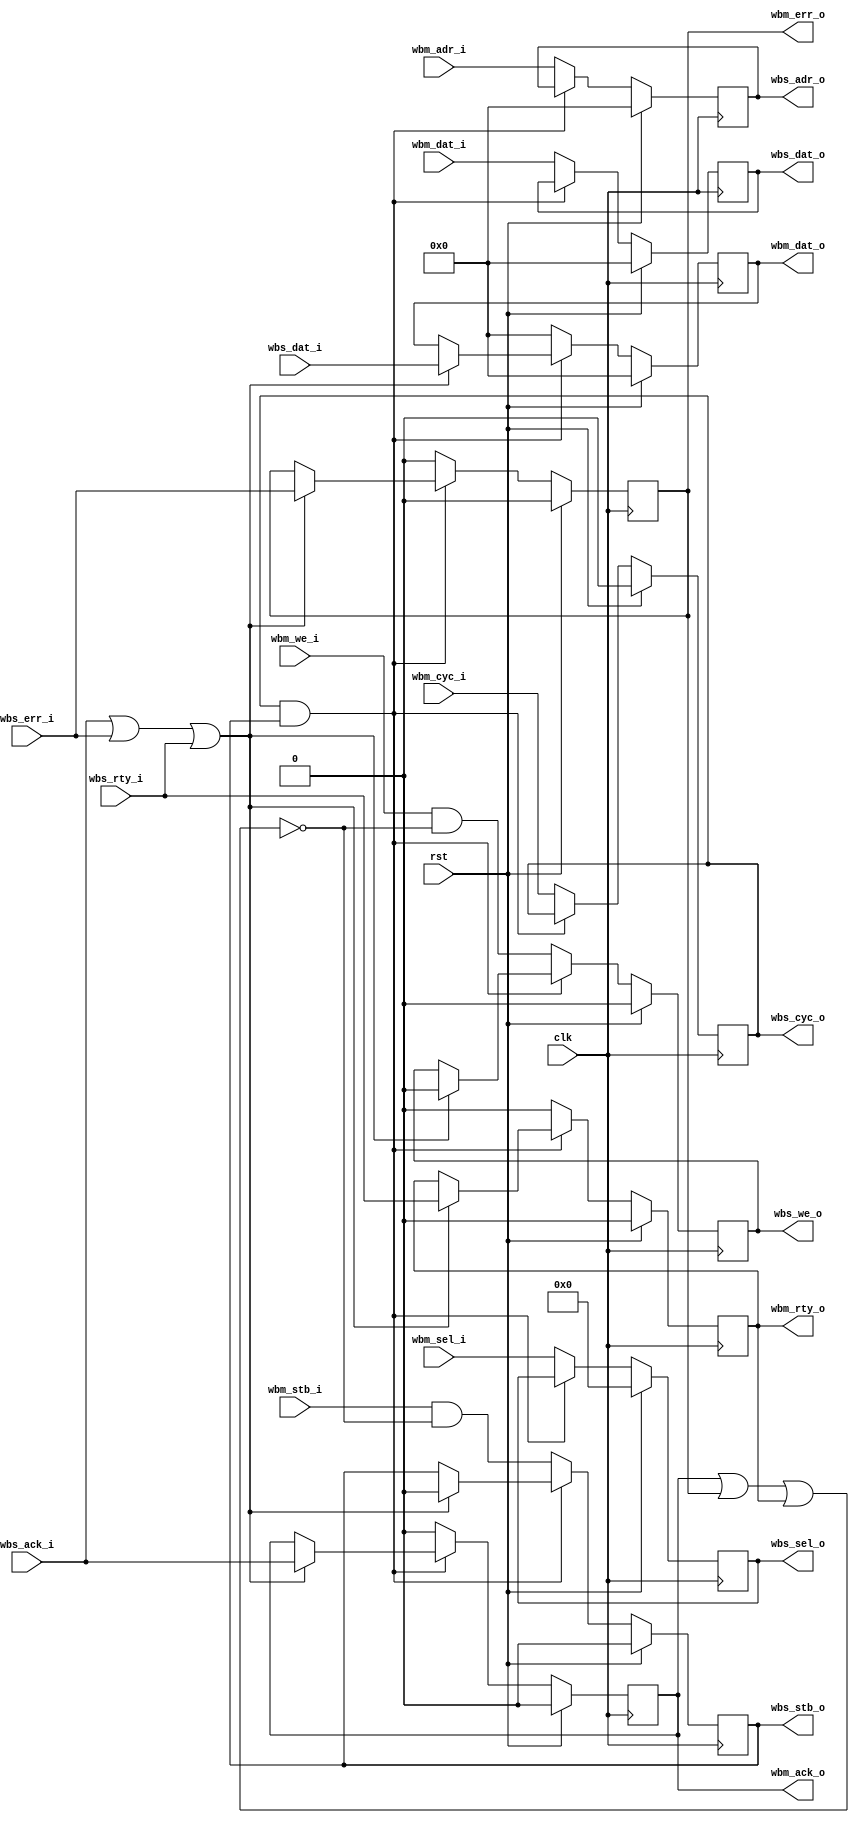
/*

Copyright (c) 2015-2016 Alex Forencich

Permission is hereby granted, free of charge, to any person obtaining a copy
of this software and associated documentation files (the "Software"), to deal
in the Software without restriction, including without limitation the rights
to use, copy, modify, merge, publish, distribute, sublicense, and/or sell
copies of the Software, and to permit persons to whom the Software is
furnished to do so, subject to the following conditions:

The above copyright notice and this permission notice shall be included in
all copies or substantial portions of the Software.

THE SOFTWARE IS PROVIDED "AS IS", WITHOUT WARRANTY OF ANY KIND, EXPRESS OR
IMPLIED, INCLUDING BUT NOT LIMITED TO THE WARRANTIES OF MERCHANTABILITY
FITNESS FOR A PARTICULAR PURPOSE AND NONINFRINGEMENT. IN NO EVENT SHALL THE
AUTHORS OR COPYRIGHT HOLDERS BE LIABLE FOR ANY CLAIM, DAMAGES OR OTHER
LIABILITY, WHETHER IN AN ACTION OF CONTRACT, TORT OR OTHERWISE, ARISING FROM,
OUT OF OR IN CONNECTION WITH THE SOFTWARE OR THE USE OR OTHER DEALINGS IN
THE SOFTWARE.

*/

// Language: Verilog 2001

`timescale 1ns / 1ps

/*
 * Wishbone register
 */
module wb_reg #
(
    parameter DATA_WIDTH = 32,                  // width of data bus in bits (8, 16, 32, or 64)
    parameter ADDR_WIDTH = 32,                  // width of address bus in bits
    parameter SELECT_WIDTH = (DATA_WIDTH/8)     // width of word select bus (1, 2, 4, or 8)
)
(
    input  wire                    clk,
    input  wire                    rst,

    // master side
    input  wire [ADDR_WIDTH-1:0]   wbm_adr_i,   // ADR_I() address
    input  wire [DATA_WIDTH-1:0]   wbm_dat_i,   // DAT_I() data in
    output wire [DATA_WIDTH-1:0]   wbm_dat_o,   // DAT_O() data out
    input  wire                    wbm_we_i,    // WE_I write enable input
    input  wire [SELECT_WIDTH-1:0] wbm_sel_i,   // SEL_I() select input
    input  wire                    wbm_stb_i,   // STB_I strobe input
    output wire                    wbm_ack_o,   // ACK_O acknowledge output
    output wire                    wbm_err_o,   // ERR_O error output
    output wire                    wbm_rty_o,   // RTY_O retry output
    input  wire                    wbm_cyc_i,   // CYC_I cycle input

    // slave side
    output wire [ADDR_WIDTH-1:0]   wbs_adr_o,   // ADR_O() address
    input  wire [DATA_WIDTH-1:0]   wbs_dat_i,   // DAT_I() data in
    output wire [DATA_WIDTH-1:0]   wbs_dat_o,   // DAT_O() data out
    output wire                    wbs_we_o,    // WE_O write enable output
    output wire [SELECT_WIDTH-1:0] wbs_sel_o,   // SEL_O() select output
    output wire                    wbs_stb_o,   // STB_O strobe output
    input  wire                    wbs_ack_i,   // ACK_I acknowledge input
    input  wire                    wbs_err_i,   // ERR_I error input
    input  wire                    wbs_rty_i,   // RTY_I retry input
    output wire                    wbs_cyc_o    // CYC_O cycle output
);

reg [DATA_WIDTH-1:0] wbm_dat_o_reg = 0;
reg wbm_ack_o_reg = 0;
reg wbm_err_o_reg = 0;
reg wbm_rty_o_reg = 0;

reg [ADDR_WIDTH-1:0] wbs_adr_o_reg = 0;
reg [DATA_WIDTH-1:0] wbs_dat_o_reg = 0;
reg wbs_we_o_reg = 0;
reg [SELECT_WIDTH-1:0] wbs_sel_o_reg = 0;
reg wbs_stb_o_reg = 0;
reg wbs_cyc_o_reg = 0;

assign wbm_dat_o = wbm_dat_o_reg;
assign wbm_ack_o = wbm_ack_o_reg;
assign wbm_err_o = wbm_err_o_reg;
assign wbm_rty_o = wbm_rty_o_reg;

assign wbs_adr_o = wbs_adr_o_reg;
assign wbs_dat_o = wbs_dat_o_reg;
assign wbs_we_o = wbs_we_o_reg;
assign wbs_sel_o = wbs_sel_o_reg;
assign wbs_stb_o = wbs_stb_o_reg;
assign wbs_cyc_o = wbs_cyc_o_reg;

always @(posedge clk) begin
    if (rst) begin
        wbm_dat_o_reg <= 0;
        wbm_ack_o_reg <= 0;
        wbm_err_o_reg <= 0;
        wbm_rty_o_reg <= 0;
        wbs_adr_o_reg <= 0;
        wbs_dat_o_reg <= 0;
        wbs_we_o_reg <= 0;
        wbs_sel_o_reg <= 0;
        wbs_stb_o_reg <= 0;
        wbs_cyc_o_reg <= 0;
    end else begin
        if (wbs_cyc_o_reg & wbs_stb_o_reg) begin
            // cycle - hold values
            if (wbs_ack_i | wbs_err_i | wbs_rty_i) begin
                // end of cycle - pass through slave to master
                wbm_dat_o_reg <= wbs_dat_i;
                wbm_ack_o_reg <= wbs_ack_i;
                wbm_err_o_reg <= wbs_err_i;
                wbm_rty_o_reg <= wbs_rty_i;
                wbs_we_o_reg <= 0;
                wbs_stb_o_reg <= 0;
            end
        end else begin
            // idle - pass through master to slave
            wbm_dat_o_reg <= 0;
            wbm_ack_o_reg <= 0;
            wbm_err_o_reg <= 0;
            wbm_rty_o_reg <= 0;
            wbs_adr_o_reg <= wbm_adr_i;
            wbs_dat_o_reg <= wbm_dat_i;
            wbs_we_o_reg <= wbm_we_i & ~(wbm_ack_o | wbm_err_o | wbm_rty_o);
            wbs_sel_o_reg <= wbm_sel_i;
            wbs_stb_o_reg <= wbm_stb_i & ~(wbm_ack_o | wbm_err_o | wbm_rty_o);
            wbs_cyc_o_reg <= wbm_cyc_i;
        end
    end
end

endmodule